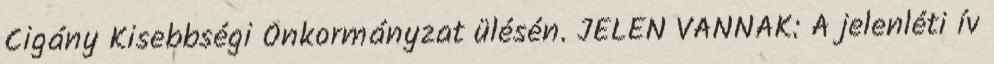
Cigány Kisebbségi Önkormányzat ülésén. JELEN VANNAK: A jelenléti ív